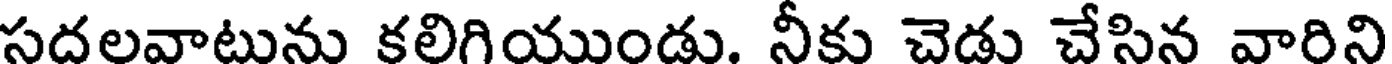
సదలవాటును కలిగియుండు. నీకు చెడు చేసిన వారిని